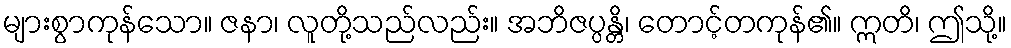
များစွာကုန်သော။ ဇနာ၊ လူတို့သည်လည်း။ အဘိဇပ္ပန္တိ၊ တောင့်တကုန်၏။ ဣတိ၊ ဤသို့။